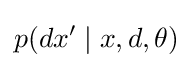
p(dx'\mid x,d,\theta )